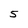
Character: 5